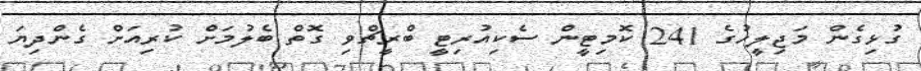
ގުޅިގެން މަޖިލީހުގެ 241 ކޮމިޓީން ސެކިއުރިޓީ ބްރީޗްވި ގޮތް ބެލުމަށް ކުރިއަށް ގެންދިޔަ